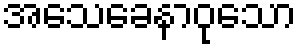
အသေခေနာဝုသော